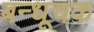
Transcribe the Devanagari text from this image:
बन्धूचक